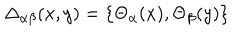
\Delta _ { \alpha \beta } ( x , y ) = \left\{ \Theta _ { \alpha } ( x ) , \Theta _ { \beta } ( y ) \right\}